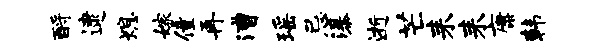
酹逮熄嫁僮再漕瑶忌瀑逝芒耒耒康韩